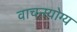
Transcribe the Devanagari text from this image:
वाचनयोग्य